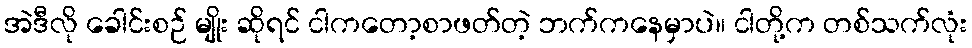
အဲဒီလို ခေါင်းစဉ် မျိုး ဆိုရင် ငါကတော့စာဖတ်တဲ့ ဘက်ကနေမှာပဲ။ ငါတို့က တစ်သက်လုံး